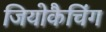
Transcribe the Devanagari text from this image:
जियोकैचिंग